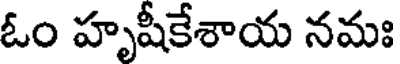
ఓం హృషీకేశాయ నమః